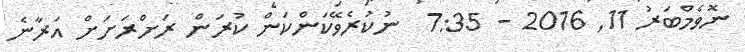
ނޮވެމްބަރު 11